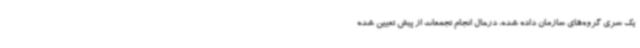
یک سری گروه‌های سازمان داده شده، درحال انجام تجمعات از پیش تعیین شده